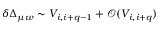
\delta \Delta _ { \mu w } \sim V _ { i , i + q - 1 } + \mathcal { O } ( V _ { i , i + q } )